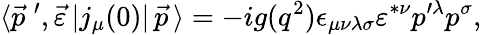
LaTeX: \langle{\vec{p}}\; ^{\prime},\vec{\varepsilon}\, |j_{\mu}(0)|\, \vec{p}\, \rangle=-ig(q^{2})\epsilon_{\mu\nu\lambda\sigma}\varepsilon^{*\nu}p^{\prime\lambda}p^{\sigma},